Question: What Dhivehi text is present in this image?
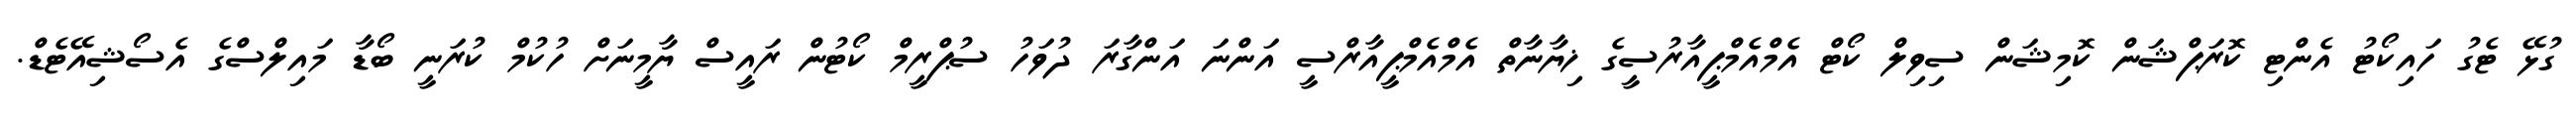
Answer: ގުޅޭ ޓެގު ހައިކޯޓު އެންޓި ކޮރަޕްޝަން ކޮމިޝަން ސިވިލް ކޯޓް އެމްއެމްޕީއާރުސީގެ ޚިޔާނާތް އެމްއެމްޕީއާރްސީ އަންނަ އަންގާރަ ދުވަހު ސުޕްރީމް ކޯޓުން ރައީސް ޔާމީނަށް ހުކުމް ކުރަނީ ބޯޑާ މައިލްސްގެ އެސޯޝިއޭޓެޑް.